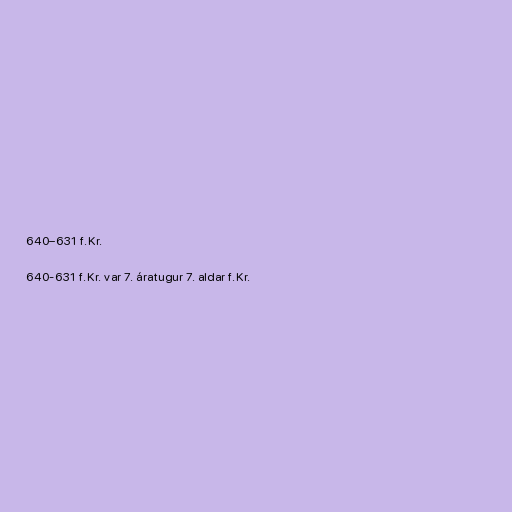
640–631 f.Kr.

640-631 f.Kr. var 7. áratugur 7. aldar f.Kr.